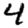
Digit: 4